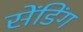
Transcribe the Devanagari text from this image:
सेंडिंग